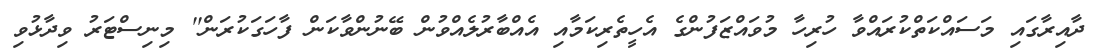
ދާއިރާގައި މަސައްކަތްކުރައްވާ ހުރިހާ މުވައްޒަފުންގެ އެހީތެރިކަމާއި އެއްބާރުލެއްވުން ބޭނުންވާކަން ފާހަގަކުރަން'' މިނިސްޓަރު ވިދާޅުވި